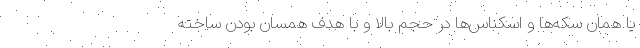
یا همان سکه‌ها و اسکناس‌ها در حجم بالا و با هدف همسان بودن ساخته